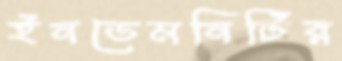
ইনডেমনিটির